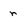
Character: r